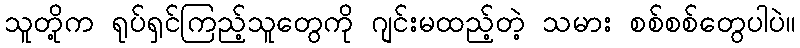
သူတို့က ရုပ်ရှင်ကြည့်သူတွေကို ဂျင်းမထည့်တဲ့ သမား စစ်စစ်တွေပါပဲ။